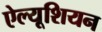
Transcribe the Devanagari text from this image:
ऐल्यूशियन